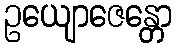
ဥယျောဇေန္တော